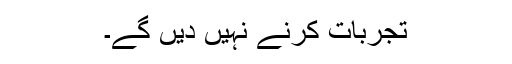
تجربات کرنے نہیں دیں گے۔